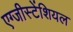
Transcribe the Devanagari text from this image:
एग्जीस्टेंशियल